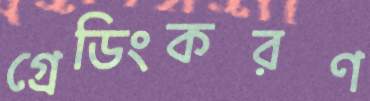
গ্রেডিংকরণ